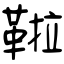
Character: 鞡